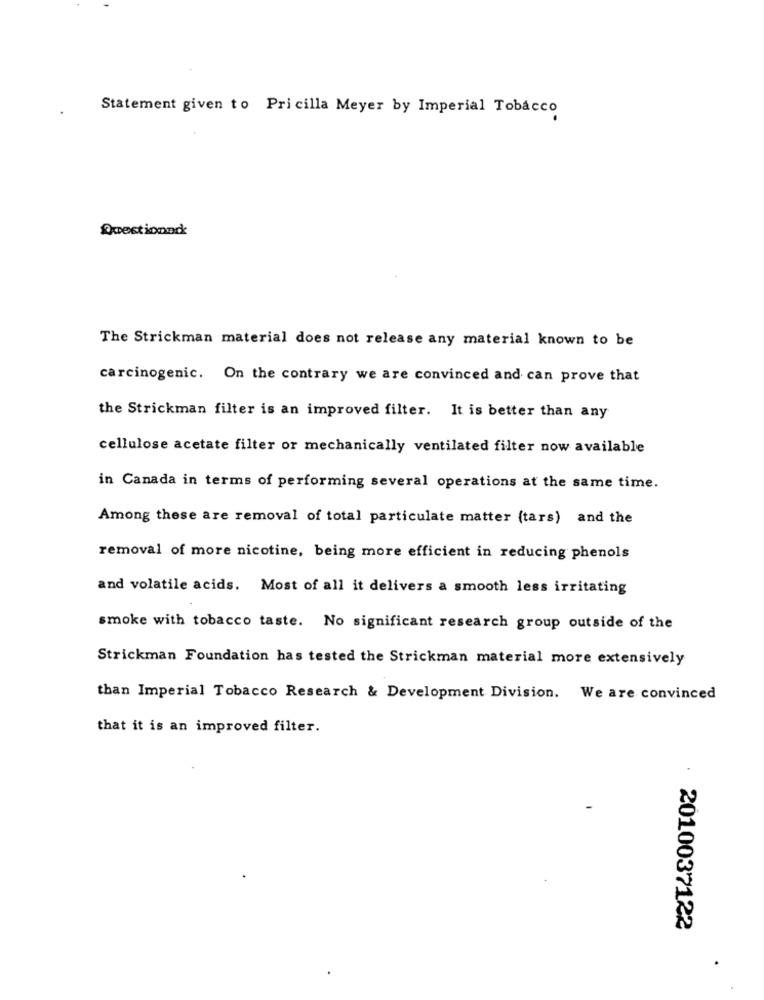
Statement given to Pri cilla Meyer by Imperial Tobacco
Questionnrk
The Strickman material does not release any material known to be
carcinogenic. On the contrary we are convinced and can prove that
the Strickman filter is an improved filter. It is better than any
cellulose acetate filter or mechanically ventilated filter now available
in Canada in terms of performing several operations at the same time.
Among these are removal of total particulate matter (tars) and the
removal of more nicotine, being more efficient in reducing phenols
and volatile acids. Most of all it delivers a smooth less irritating
smoke with tobacco taste. No significant research group outside of the
Strickman Foundation has tested the Strickman material more extensively
than Imperial Tobacco Research & Development Division. We are convinced
that it is an improved filter.
.
2010037122